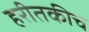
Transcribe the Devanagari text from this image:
हरीतकीच